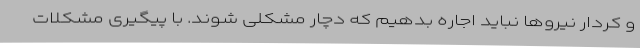
و کردار نیروها نباید اجاره بدهیم که دچار مشکلی شوند. با پیگیری مشکلات